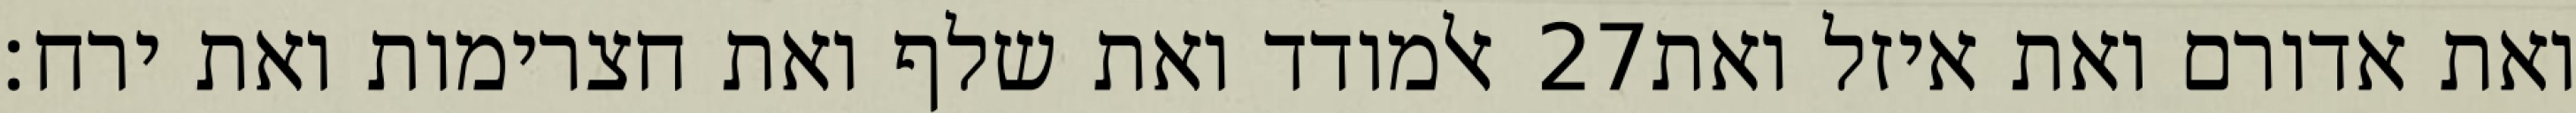
אלמודד ואת שלף ואת חצרימות ואת ירח׃ ‎27‏ ואת אדורם ואת איזל ואת